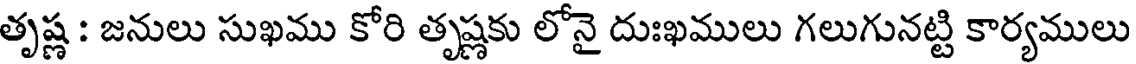
తృష్ణ : జనులు సుఖము కోరి తృష్ణకు లోనై దుఃఖములు గలుగునట్టి కార్యములు